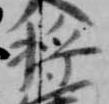
将